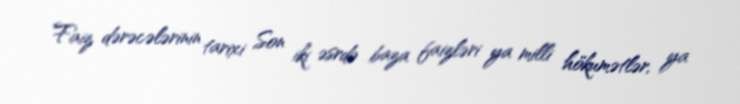
Faiz dərəcələrinin tarixi Son iki əsrdə baza faizləri ya milli hökumətlər, ya